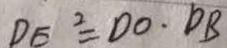
D E ^ { 2 } = D O \cdot D B